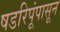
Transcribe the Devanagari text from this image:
षडरिपूंपासून